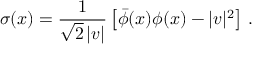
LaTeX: \sigma ( x ) = \frac { 1 } { \sqrt { 2 } \, | v | } \left[ \bar { \phi } ( x ) \phi ( x ) - | v | ^ { 2 } \right] \, .